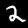
Digit: 2